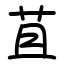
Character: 苴